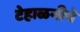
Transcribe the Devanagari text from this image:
टेहाळनीचे